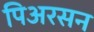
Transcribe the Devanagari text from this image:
पिअरसन